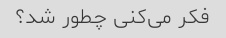
فکر می‌کنی چطور شد؟